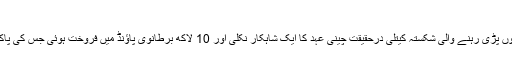
فوٹو: ڈیلی میل
لندن: ایک گھر کے باورچی خانے میں برسوں پڑی رہنے والی شکستہ کیتلی درحقیقت چینی عہد کا ایک شاہکار نکلی اور 10 لاکھ برطانوی پاؤنڈ میں فروخت ہوئی جس کی پاکستانی روپوں میں قیمت 18 کروڑ بنتی ہے۔